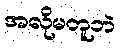
အလိုမတူဘဲ